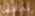
تختارين